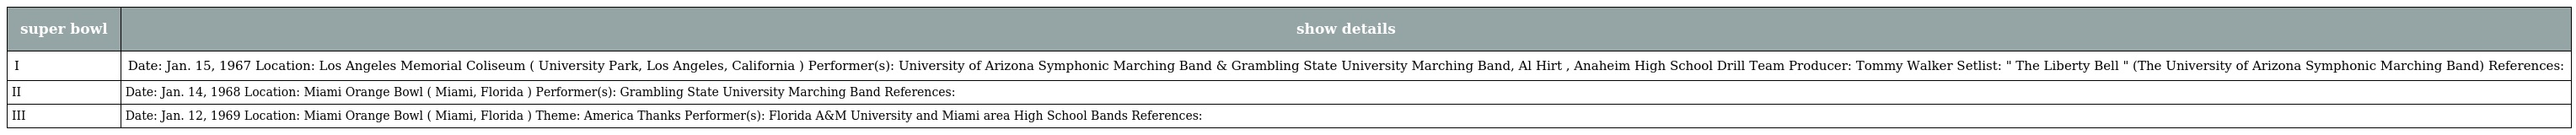
| super bowl | show details |
 | --- | --- |
 | I | Date: Jan. 15, 1967 Location: Los Angeles Memorial Coliseum ( University Park, Los Angeles, California ) Performer(s): University of Arizona Symphonic Marching Band & Grambling State University Marching Band, Al Hirt , Anaheim High School Drill Team Producer: Tommy Walker Setlist: " The Liberty Bell " (The University of Arizona Symphonic Marching Band) References: |
 | II | Date: Jan. 14, 1968 Location: Miami Orange Bowl ( Miami, Florida ) Performer(s): Grambling State University Marching Band References: |
 | III | Date: Jan. 12, 1969 Location: Miami Orange Bowl ( Miami, Florida ) Theme: America Thanks Performer(s): Florida A&M University and Miami area High School Bands References: |